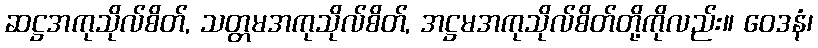
ဆဋ္ဌအကုသိုလ်စိတ်, သတ္တမအကုသိုလ်စိတ်, အဋ္ဌမအကုသိုလ်စိတ်တို့ကိုလည်း။ ဝေဒနံ၊